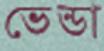
ভেন্ডা